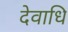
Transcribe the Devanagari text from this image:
देवाधि